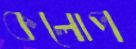
কলোপ